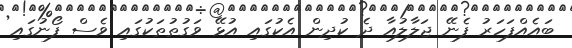
ބައެއްފަހަރު ފެނޭ ޖަލާލުއާ ދެ ކުދިން އެކުގައި އުޅޭ ވަގުތުތަކުގައި ވެސް ފޯނުގައި